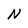
Character: N